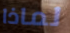
لماذا